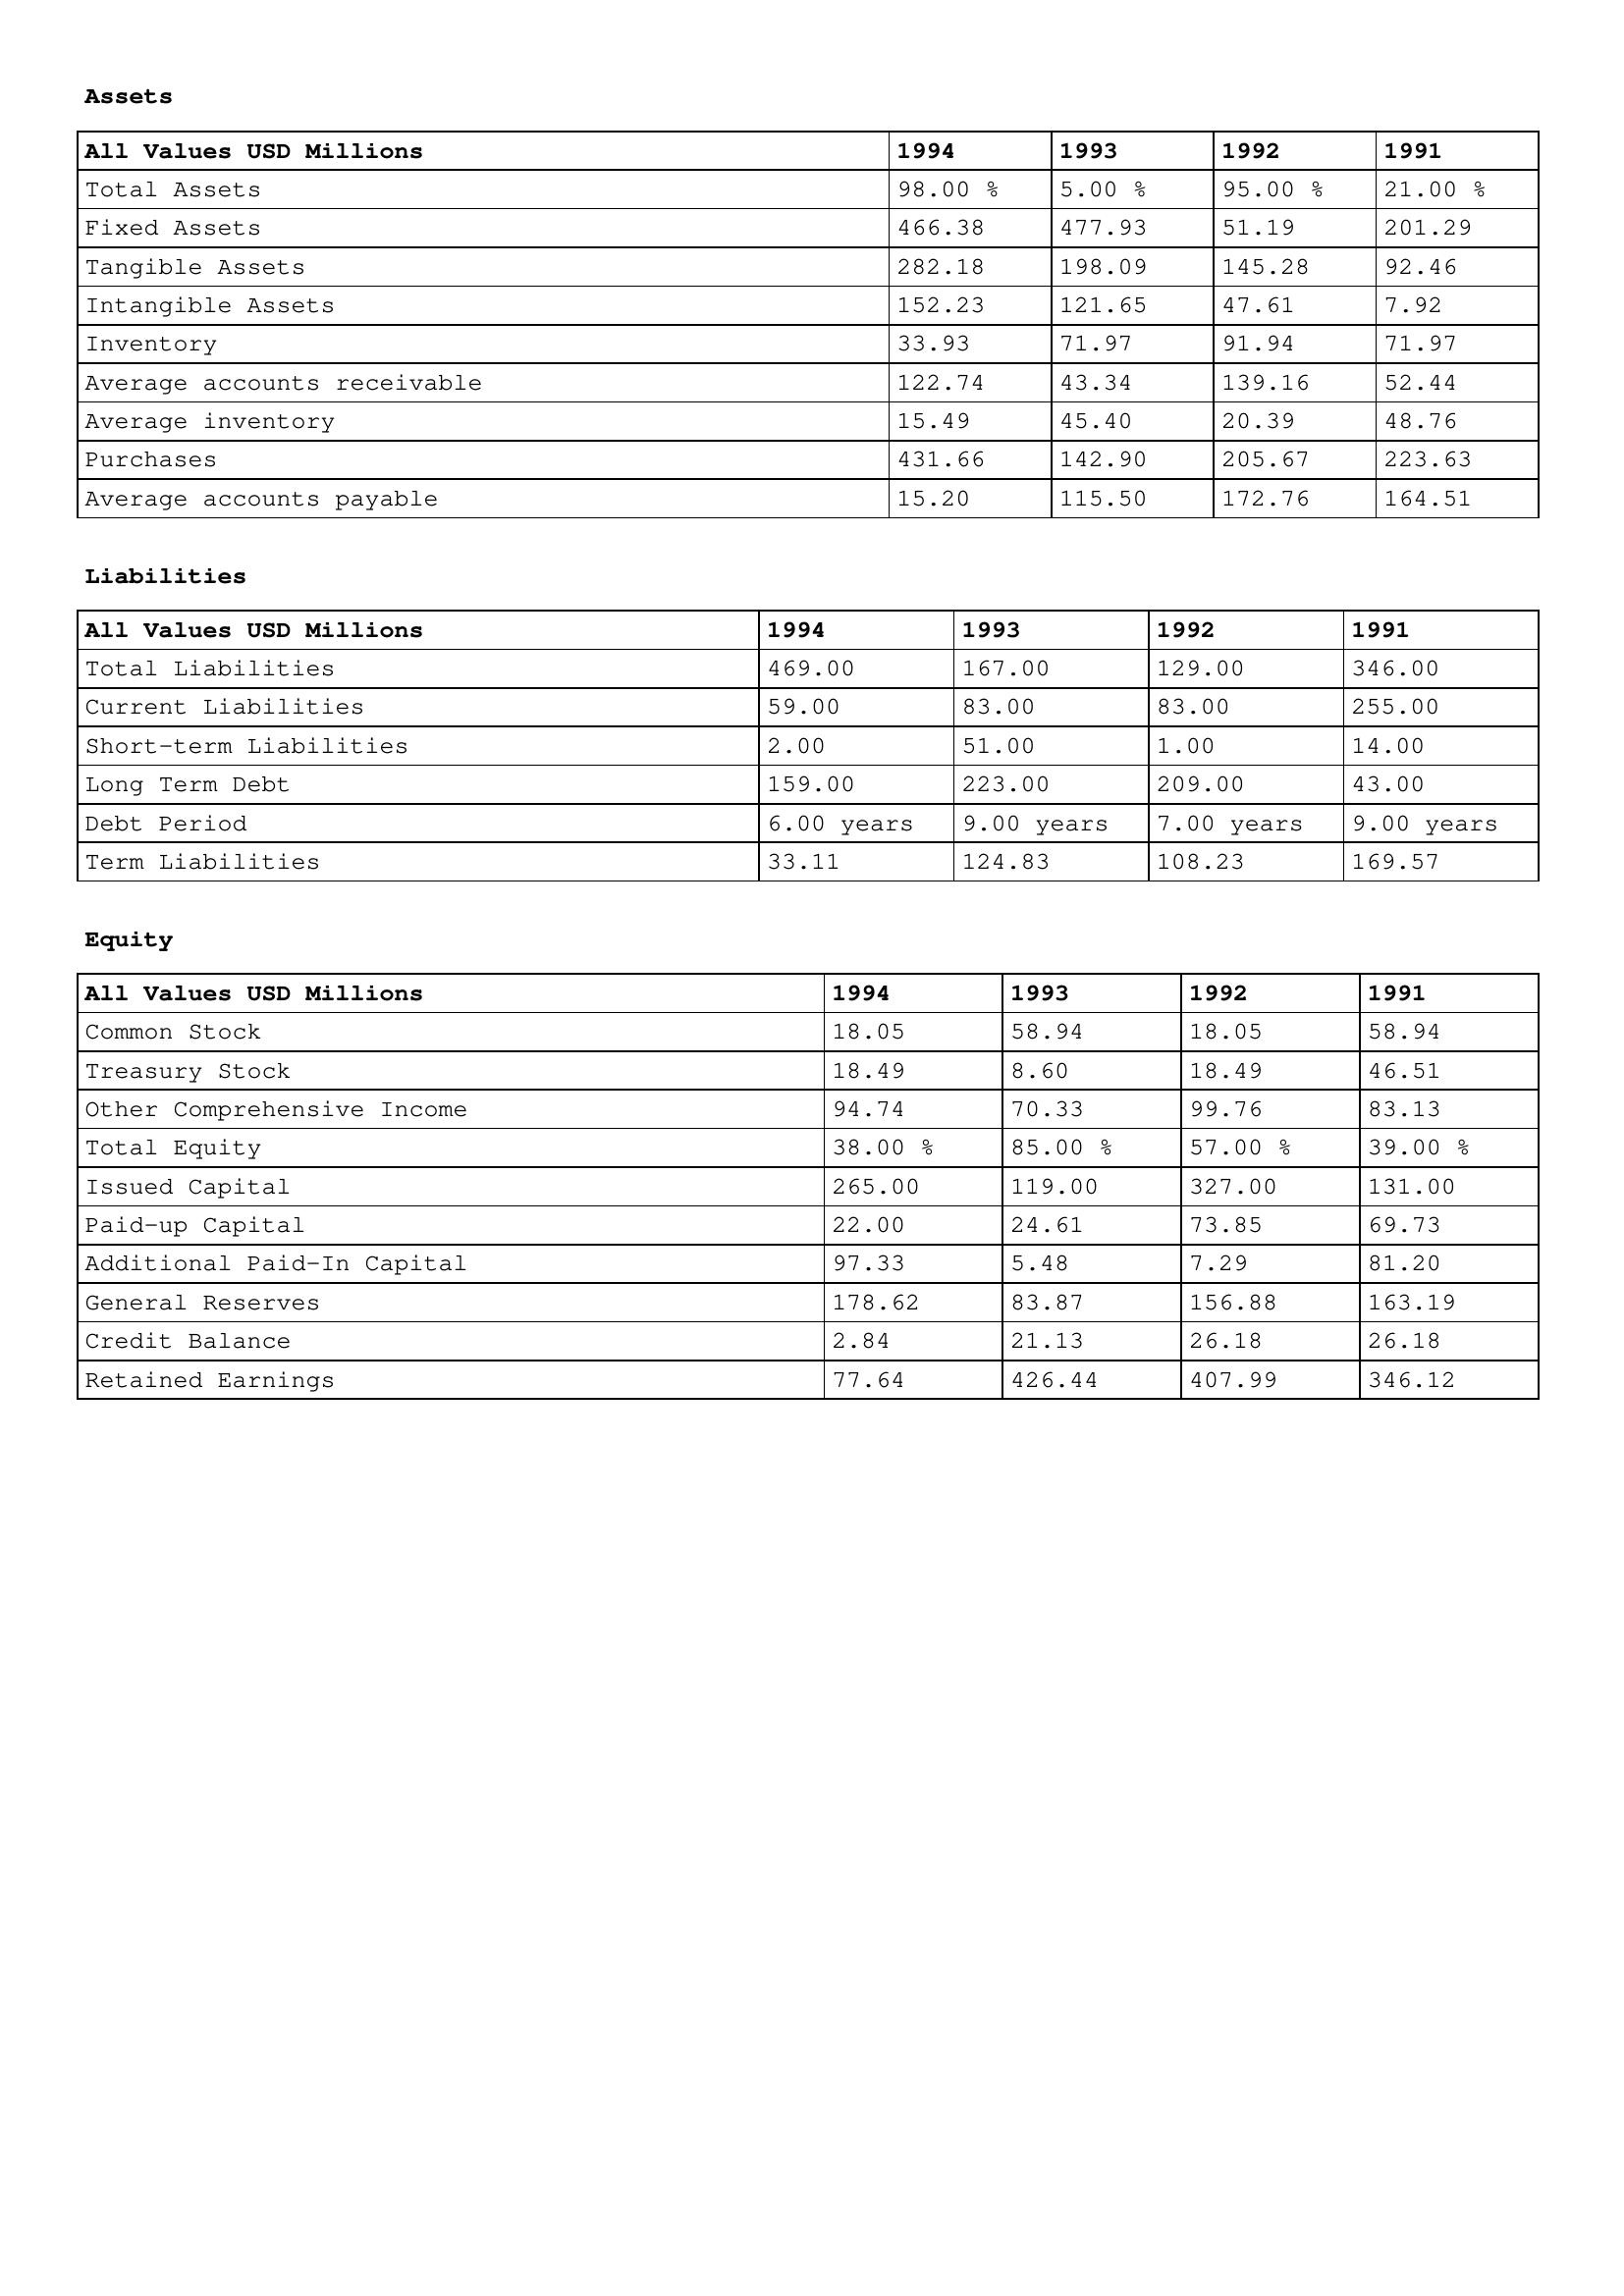
gt_parse: 1994: Assets: Total Assets: 98.00 %
Fixed Assets: 466.38
Tangible Assets: 282.18
Intangible Assets: 152.23
Inventory: 33.93
Average accounts receivable: 122.74
Average inventory: 15.49
Purchases: 431.66
Average accounts payable: 15.20
Liabilities: Total Liabilities: 469.00
Current Liabilities: 59.00
Short-term Liabilities: 2.00
Long Term Debt: 159.00
Debt Period: 6.00 years
Term Liabilities: 33.11
Equity: Common Stock: 18.05
Treasury Stock: 18.49
Other Comprehensive Income: 94.74
Total Equity: 38.00 %
Issued Capital: 265.00
Paid-up Capital: 22.00
Additional Paid-In Capital: 97.33
General Reserves: 178.62
Credit Balance: 2.84
Retained Earnings: 77.64
1993: Assets: Total Assets: 5.00 %
Fixed Assets: 477.93
Tangible Assets: 198.09
Intangible Assets: 121.65
Inventory: 71.97
Average accounts receivable: 43.34
Average inventory: 45.40
Purchases: 142.90
Average accounts payable: 115.50
Liabilities: Total Liabilities: 167.00
Current Liabilities: 83.00
Short-term Liabilities: 51.00
Long Term Debt: 223.00
Debt Period: 9.00 years
Term Liabilities: 124.83
Equity: Common Stock: 58.94
Treasury Stock: 8.60
Other Comprehensive Income: 70.33
Total Equity: 85.00 %
Issued Capital: 119.00
Paid-up Capital: 24.61
Additional Paid-In Capital: 5.48
General Reserves: 83.87
Credit Balance: 21.13
Retained Earnings: 426.44
1992: Assets: Total Assets: 95.00 %
Fixed Assets: 51.19
Tangible Assets: 145.28
Intangible Assets: 47.61
Inventory: 91.94
Average accounts receivable: 139.16
Average inventory: 20.39
Purchases: 205.67
Average accounts payable: 172.76
Liabilities: Total Liabilities: 129.00
Current Liabilities: 83.00
Short-term Liabilities: 1.00
Long Term Debt: 209.00
Debt Period: 7.00 years
Term Liabilities: 108.23
Equity: Common Stock: 18.05
Treasury Stock: 18.49
Other Comprehensive Income: 99.76
Total Equity: 57.00 %
Issued Capital: 327.00
Paid-up Capital: 73.85
Additional Paid-In Capital: 7.29
General Reserves: 156.88
Credit Balance: 26.18
Retained Earnings: 407.99
1991: Assets: Total Assets: 21.00 %
Fixed Assets: 201.29
Tangible Assets: 92.46
Intangible Assets: 7.92
Inventory: 71.97
Average accounts receivable: 52.44
Average inventory: 48.76
Purchases: 223.63
Average accounts payable: 164.51
Liabilities: Total Liabilities: 346.00
Current Liabilities: 255.00
Short-term Liabilities: 14.00
Long Term Debt: 43.00
Debt Period: 9.00 years
Term Liabilities: 169.57
Equity: Common Stock: 58.94
Treasury Stock: 46.51
Other Comprehensive Income: 83.13
Total Equity: 39.00 %
Issued Capital: 131.00
Paid-up Capital: 69.73
Additional Paid-In Capital: 81.20
General Reserves: 163.19
Credit Balance: 26.18
Retained Earnings: 346.12